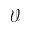
\mathcal { V }